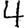
Digit: 4